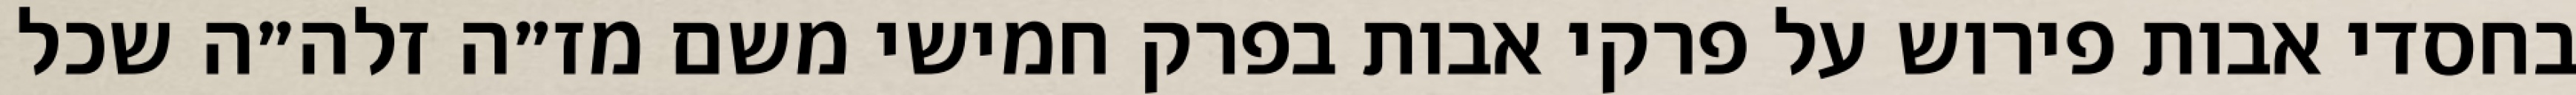
בחסדי אבות פירוש על פרקי אבות בפרק חמישי משם מז״ה זלה״ה שכל